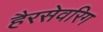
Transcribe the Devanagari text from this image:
हैरसेवरिग